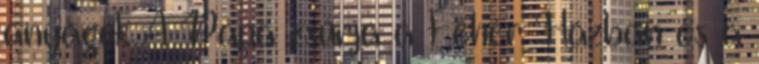
anyagok A Pápa zsúrja a Fehér Házban és a